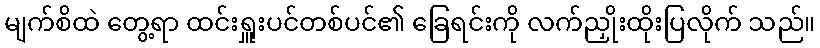
မျက်စိထဲ တွေ့ရာ ထင်းရှူးပင်တစ်ပင်၏ ခြေရင်းကို လက်ညှိုးထိုးပြလိုက် သည်။